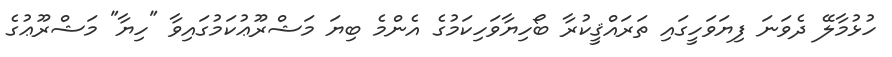
ހުޅުމާލޭ ދެވަނަ ފިޔަވަހީގައި ތަރައްޤީކުރާ ބޯހިޔާވަހިކަމުގެ އެންމެ ބިޔަ މަޝްރޫޢުކަމުގައިވާ "ހިޔާ" މަޝްރޫޢުގެ